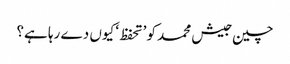
چین جیش محمد کو ’تحفظ‘ کیوں دے رہا ہے؟